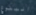
البلوغ